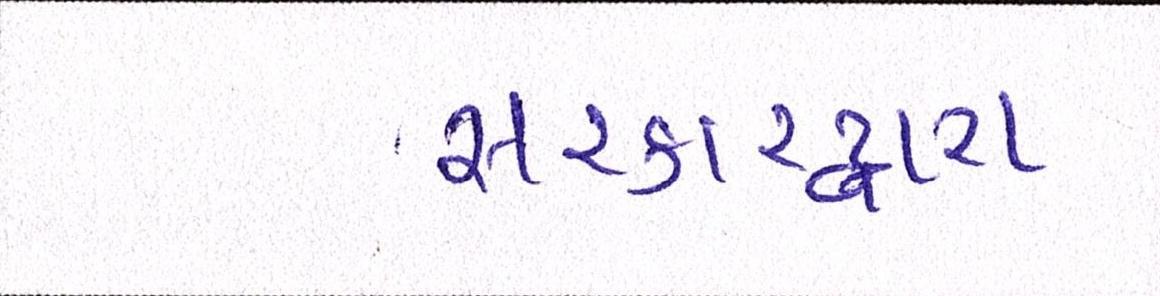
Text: સરકારદ્વારા